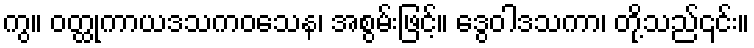
ကွ။ ဝတ္ထုကာယဒသကဝသေန၊ အစွမ်းဖြင့်။ ဒွေဝါဒသကာ၊ တို့သည်၎င်း။